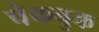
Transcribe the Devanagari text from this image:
चेकबुक